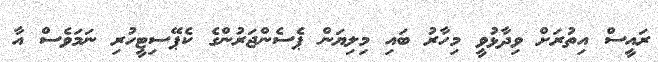
ރައީސް އިތުރަށް ވިދާޅުވީ މިހާރު ބައި މިލިޔަން ޕެސެންޖަރުންގެ ކެޕޭސިޓީހުރި ނަމަވެސް އާ